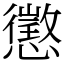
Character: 懲